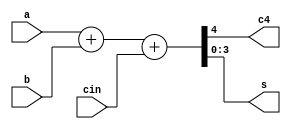
module ttl74x283(
    input cin,
    input [3:0] a, b,
    output c4,
    output [3:0] s);

    wire [4:0] sum, with_carry;

    assign sum = a + b;
    assign with_carry = sum + cin;

    assign {c4, s} = with_carry;

endmodule